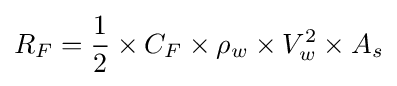
R_{F}={\frac {1}{2}}\times C_{F}\times \rho _{w}\times V_{w}^{2}\times A_{s}